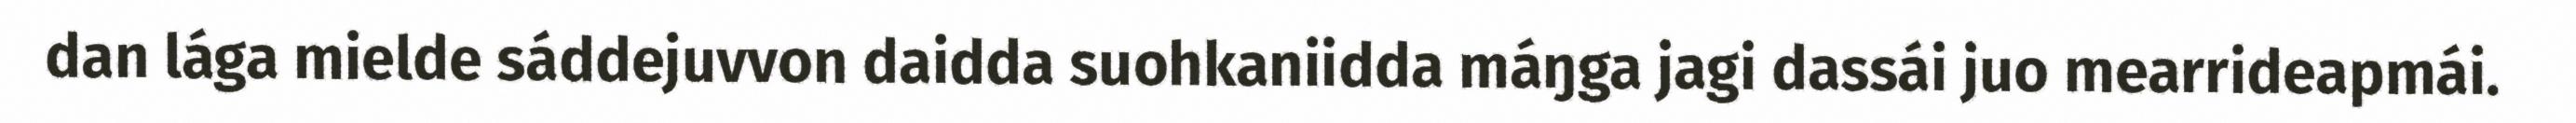
dan lága mielde sáddejuvvon daidda suohkaniidda máŋga jagi dassái juo mearrideapmái.